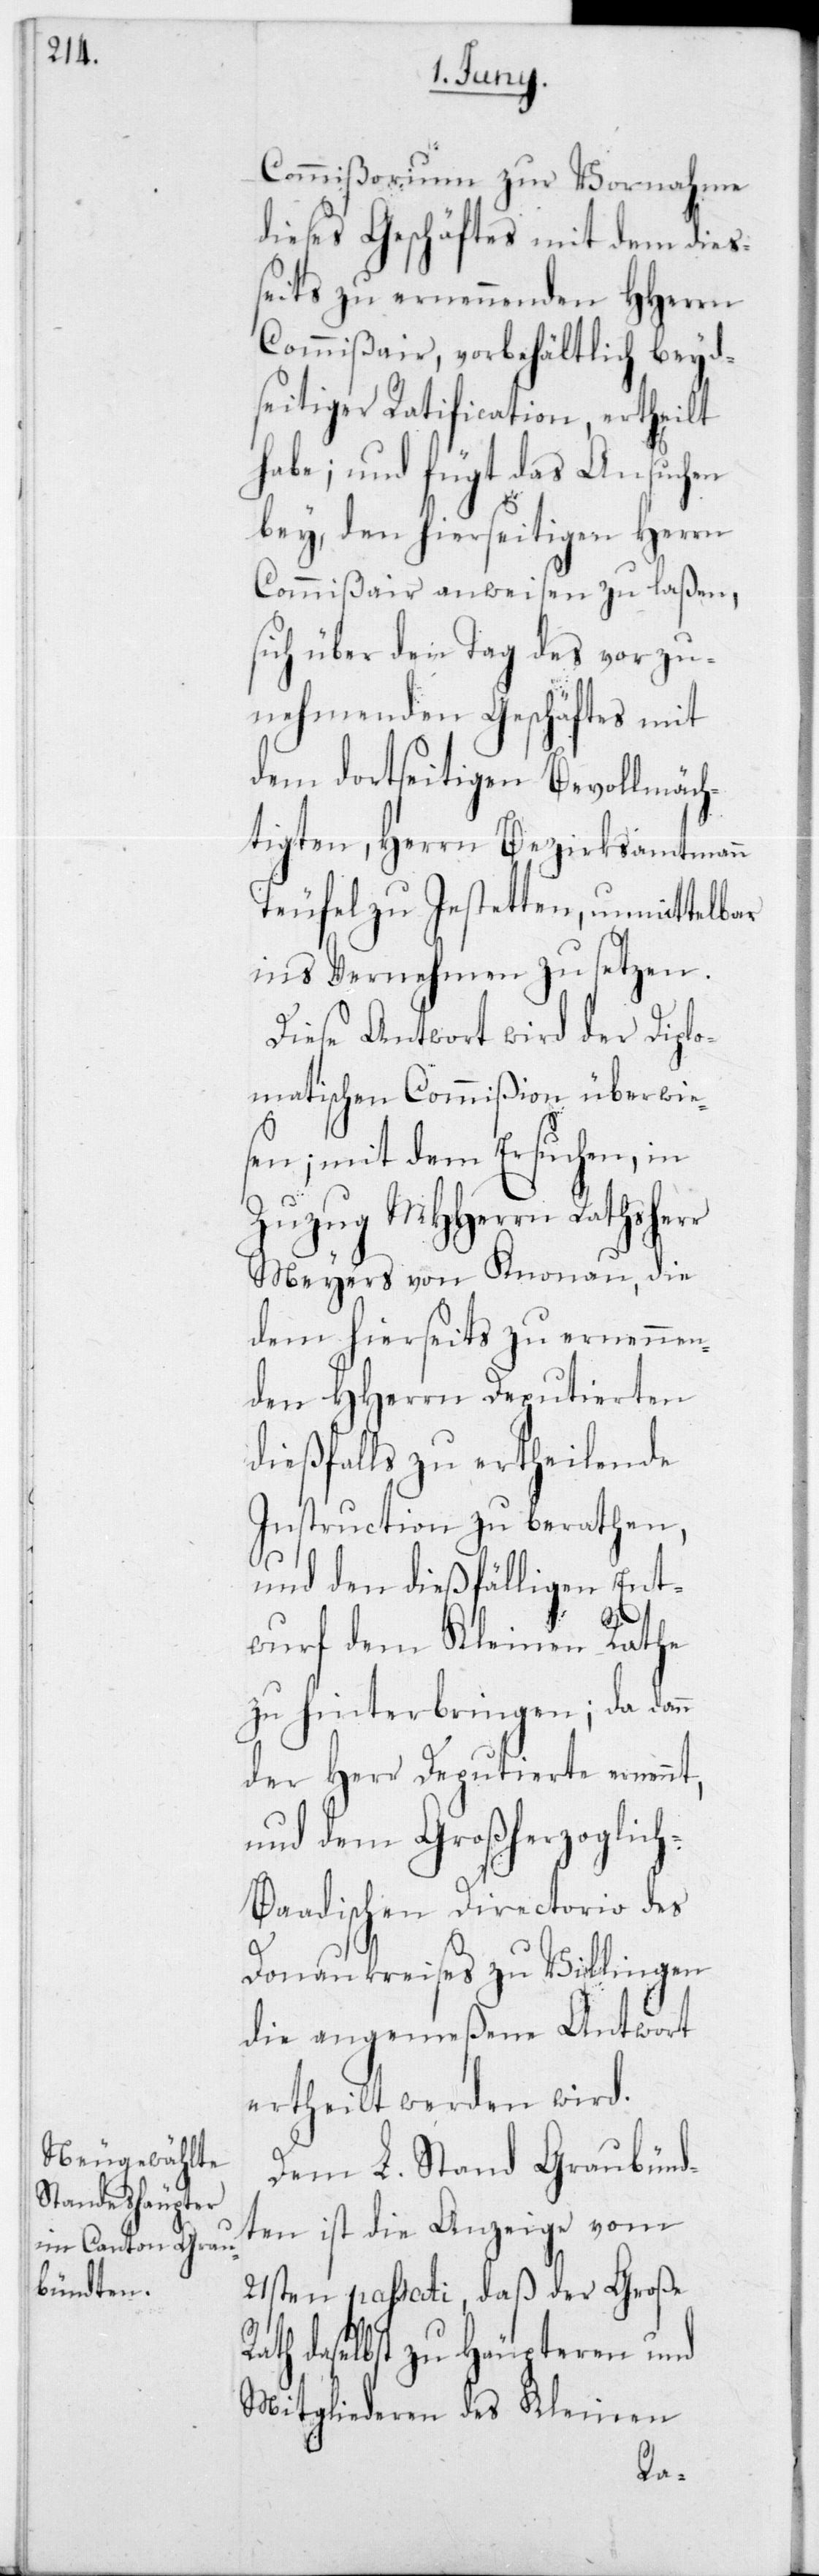
Commißorium zur Vornahme
dieses Geschäftes mit dem dies¬
seits zu ernennenden HHerrn
Commißair, vorbehältlich beyd¬
seitiger Rathfication, ertheilt
habe; und fügt das Ansuchen
bey, den hierseitigen Herrn
Commißair anweisen zu laßen,
sich über den Tag des vorzu¬
nehmenden Geschäftes mit
dem dortseitigen Bevollmäch¬
tigten, Herrn Bezirksammtmann
Teufel zu Jestetten, unmittelbar
ins Vernehmen zu setzen.
Diese Antwort wird der Diplo¬
matischen Commißion überwie¬
sen; mit dem Ersuchen, in
Zuzug MHHerren Rathsherr
Meyers von Knonau, die
dem hierseits zu ernennen¬
den HHerrn Deputierten
dießfalls zu ertheilende
Instruction zu berathen,
und den dießfälligen Ent¬
wurf dem Kleinen Rathe
zu hinterbringen; da dann
der Herr Deputierte ernenn¬
und dem Großherzoglic¬
h-Baadischen Directorio des
Donaukreises zu Villingen
die angemeßene Antwort
ertheilt werden wird.
Dem L. Stand Graubünd¬
ten ist die Anzeige vom
21sten passati, daß der Grosse
ath daselbst zu Häupteren und
Mitgliederen des Kleinen
R¬